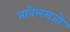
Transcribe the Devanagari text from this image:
तावेलसजो